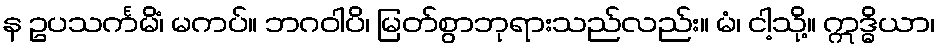
န ဥပသင်္ကမိံ၊ မကပ်။ ဘဂဝါပိ၊ မြတ်စွာဘုရားသည်လည်း။ မံ၊ ငါ့သို့။ ဣဒ္ဓိယာ၊